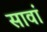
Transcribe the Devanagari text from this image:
सावां